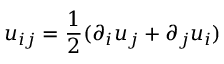
u _ { i j } = \frac { 1 } { 2 } ( \partial _ { i } u _ { j } + \partial _ { j } u _ { i } )